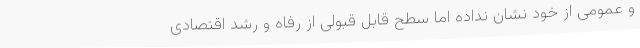
و عمومی از خود نشان نداده اما سطح قابل قبولی از رفاه و رشد اقتصادی